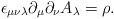
LaTeX: \begin{align*}\epsilon_{\mu\nu\lambda}\partial_\mu \partial_\nu A_\lambda = \rho.\end{align*}